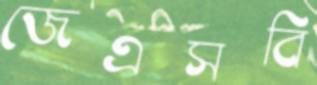
জেএসবি